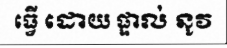
ធ្វើ ដោយ ផ្ទាល់ នូវ